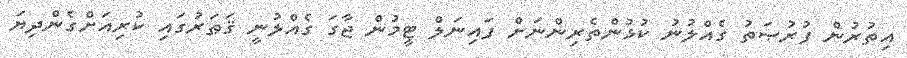
އިތުރުން ފުރުޞަތު ގެއްލުނު ކުޅުންތެރިންނަށް ފައިނަލް ޓީމުން ޖާގަ ގެއްލުނީ ޤަޠަރުގައި ކުރިއަށްގެންދިޔަ